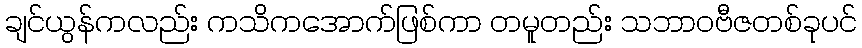
ချင်ယွန်ကလည်း ကသိကအောက်ဖြစ်ကာ တမူတည်း သဘာဝဗီဇတစ်ခုပင်